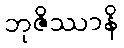
ဘုဇိဿာနိ